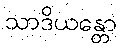
သာဒိယန္တော